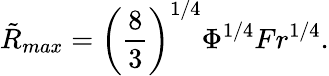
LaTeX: \tilde{R}_{max}=\left(\frac{8}{3}\right)^{1/4}\Phi^{1/4}Fr^{1/4}.